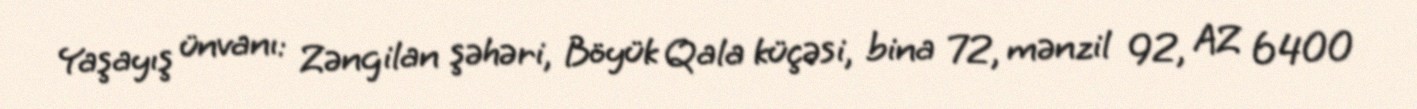
Yaşayış ünvanı: Zəngilan şəhəri, Böyük Qala küçəsi, bina 72, mənzil 92, AZ 6400